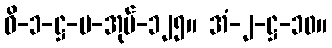
ဝိ-၁-ဋ္ဌ-ပ-အုပ်-၁၂၅။ အံ-၂-ဋ္ဌ-၁၀။